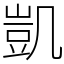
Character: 凱